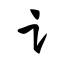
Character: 讠